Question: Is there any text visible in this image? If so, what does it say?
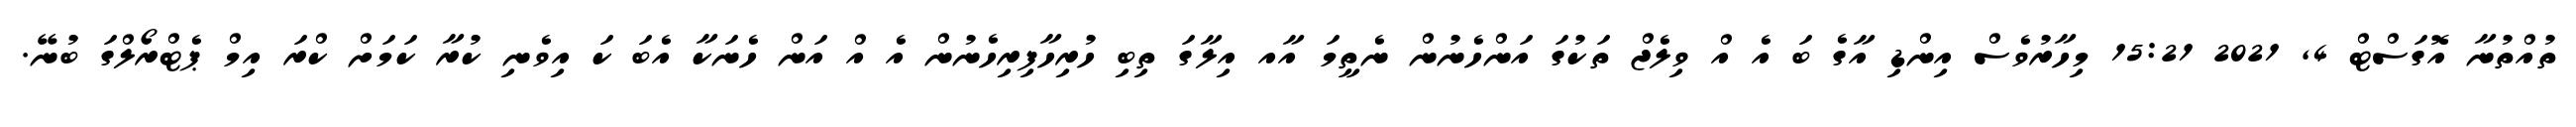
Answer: ތުއްތުނާ އޮގަސްޓް 4, 2021 15:21 މިހާރުވެސް އިންޑި އާގެ ބަ އެ އް ވިލެޖް ތަކުގަ އަންހެނުން ނެތީމަ އާއ އިލާގަ ތިބި ހުރިހާފިރިހެނުން އެ އް އަން ހެނަކާ އެބަ ކަ އިވެނި ކުރާ ކަމަށް ކްރަ އިމް ޕެޓްރޯލްގަ ބުނޭ.